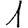
Digit: 1